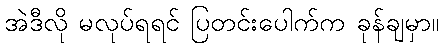
အဲဒီလို မလုပ်ရရင် ပြတင်းပေါက်က ခုန်ချမှာ။